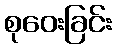
စုဝေးခြင်း